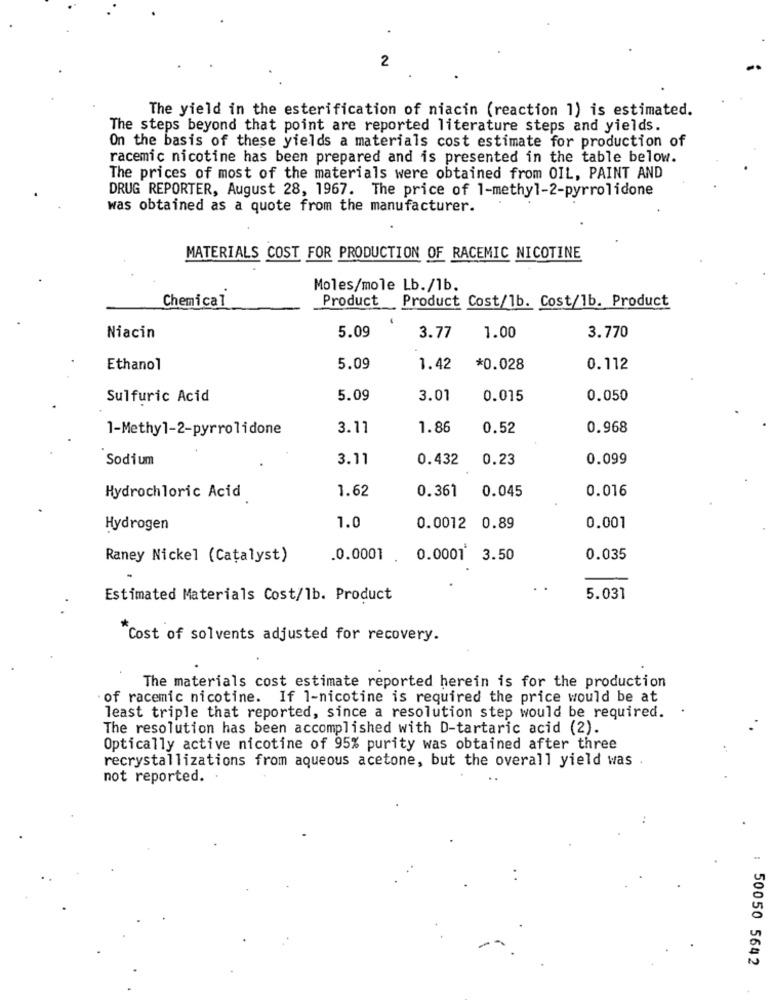
2
The yield in the esterification of niacin (reaction 1) is estimated.
The steps beyond that point are reported literature steps and yields.
On the basis of these yields a materials cost estimate for production of
racemic nicotine has been prepared and is presented in the table below.
The prices of most of the materials were obtained from OIL, PAINT AND
DRUG REPORTER, August 28, 1967. The price of 1-methyl-2-pyrrolidone
was obtained as a quote from the manufacturer.
MATERIALS COST FOR PRODUCTION OF RACEMIC NICOTINE
Moles/mole Lb./1b.
Chemical
Product Product Cost/lb. Cost/lb. Product
3.770
Niacin
5.09
3.77
1.00
Ethanol
5.09
1.42
*0.028
0.112
Sulfuric Acid
5.09
3.01
0.015
0.050
1-Methyl-2-pyrrolidone
3.11
1.86
0.52
0.968
Sodium
3.11
0.432
0.23
0.099
Hydrochloric Acid
1.62
0.361
0.045
0.016
Hydrogen
1.0
0.0012 0.89
0.001
Raney Nickel (Catalyst)
.0.0001
0.0001 3.50
0.035
Estimated Materials Cost/1b. Product
5.031
Cost of solvents adjusted for recovery.
The materials cost estimate reported herein is for the production
. of racemic nicotine. If 1-nicotine is required the price would be at
least triple that reported, since a resolution step would be required.
The resolution has been accomplished with D-tartaric acid (2).
Optically active nicotine of 95% purity was obtained after three
recrystallizations from aqueous acetone, but the overall yield was
not reported.
: 50050 5642